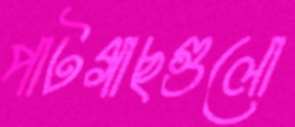
পাটগাছগুলো